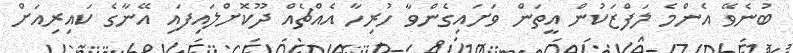
ބުނެވޭ އެންމެ ލަފްޒަކުން އީތަން ވަށައިގެންވާ ހުރިހާ އެއްޗެއް ދޫކޮށްލައިފައި އޭނާގެ ކައިރިއަށް